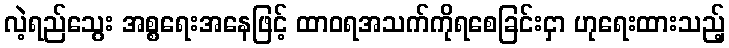
လဲ့ရည်သွေး အစ္စရေးအနေဖြင့် ထာဝရအသက်ကိုရစေခြင်းငှာ ဟုရေးထားသည့်